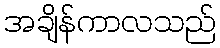
အချိန်ကာလသည်